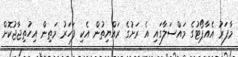
މާފަރު އެއާޕޯޓުގެ މައްސަލާގައި އެ ރަށުގެ ރައްޔިތުން އެކި ފަހަރު މަތިން އިހުތިޖާޖުކޮށް